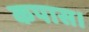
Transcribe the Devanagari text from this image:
कपास।